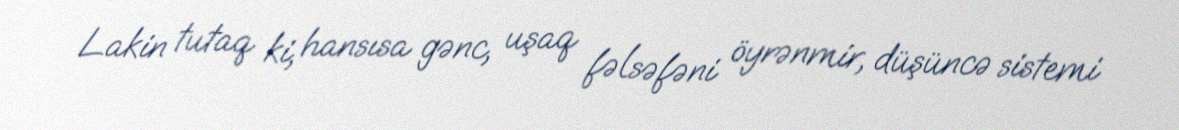
Lakin tutaq ki, hansısa gənc, uşaq fəlsəfəni öyrənmir, düşüncə sistemi